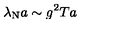
\lambda _ { \mathrm { N } } a \sim g ^ { 2 } T a